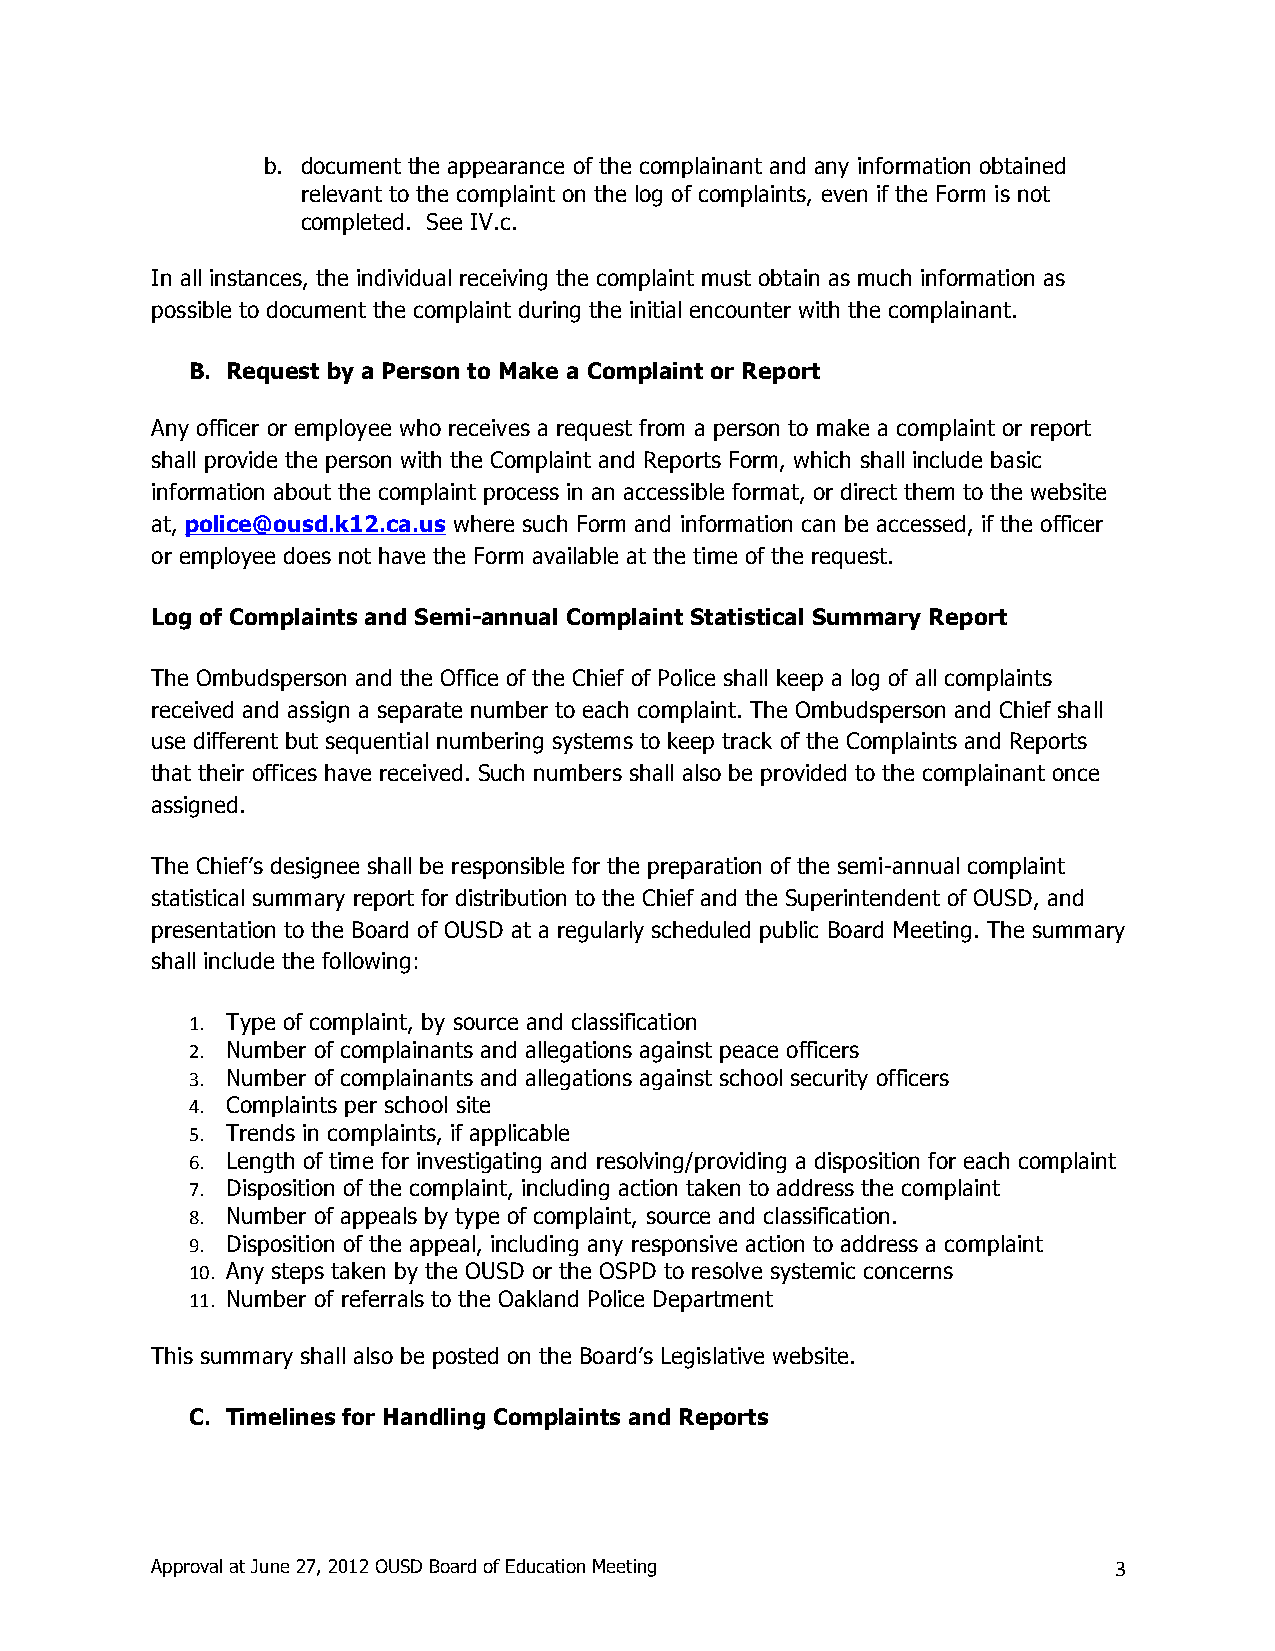
b. document the appearance of the complainant and any information obtained
 relevant to the complaint on the log of complaints, even if the Form is not
 completed. See IV.c.
 In all instances, the individual receiving the complaint must obtain as much information as
 possible to document the complaint during the initial encounter with the complainant.
 B. Request by a Person to Make a Complaint or Report
 Any officer or employee who receives a request from a person to make a complaint or report
 shall provide the person with the Complaint and Reports Form, which shall include basic
 information about the complaint process in an accessible format, or direct them to the website
 at, police@ousd.k12.ca.us where such Form and information can be accessed, if the officer
 or employee does not have the Form available at the time of the request.
 Log of Complaints and Semi-annual Complaint Statistical Summary Report
 The Ombudsperson and the Office of the Chief of Police shall keep a log of all complaints
 received and assign a separate number to each complaint. The Ombudsperson and Chief shall
 use different but sequential numbering systems to keep track of the Complaints and Reports
 that their offices have received. Such numbers shall also be provided to the complainant once
 assigned.
 The Chief’s designee shall be responsible for the preparation of the semi-annual complaint
 statistical summary report for distribution to the Chief and the Superintendent of OUSD, and
 presentation to the Board of OUSD at a regularly scheduled public Board Meeting. The summary
 shall include the following:
 1. Type of complaint, by source and classification
 2. Number of complainants and allegations against peace officers
 3. Number of complainants and allegations against school security officers
 4. Complaints per school site
 5. Trends in complaints, if applicable
 6. Length of time for investigating and resolving/providing a disposition for each complaint
 7. Disposition of the complaint, including action taken to address the complaint
 8. Number of appeals by type of complaint, source and classification.
 9. Disposition of the appeal, including any responsive action to address a complaint
 10. Any steps taken by the OUSD or the OSPD to resolve systemic concerns
 11. Number of referrals to the Oakland Police Department
 This summary shall also be posted on the Board’s Legislative website.
 C. Timelines for Handling Complaints and Reports
 Approval at June 27, 2012 OUSD Board of Education Meeting       3